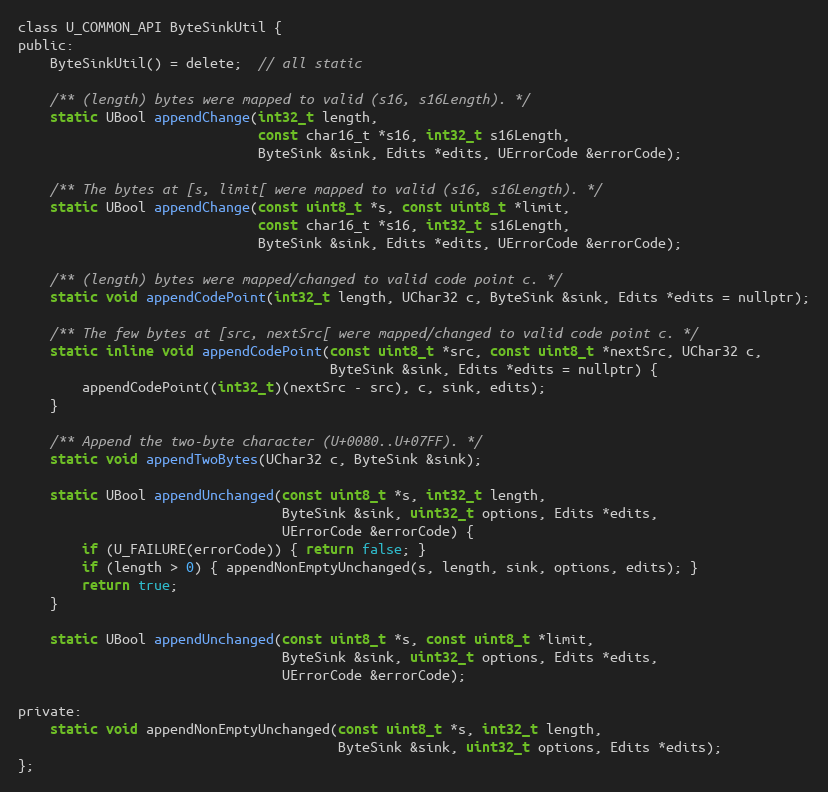
Language: C
class U_COMMON_API ByteSinkUtil {
public:
    ByteSinkUtil() = delete;  // all static

    /** (length) bytes were mapped to valid (s16, s16Length). */
    static UBool appendChange(int32_t length,
                              const char16_t *s16, int32_t s16Length,
                              ByteSink &sink, Edits *edits, UErrorCode &errorCode);

    /** The bytes at [s, limit[ were mapped to valid (s16, s16Length). */
    static UBool appendChange(const uint8_t *s, const uint8_t *limit,
                              const char16_t *s16, int32_t s16Length,
                              ByteSink &sink, Edits *edits, UErrorCode &errorCode);

    /** (length) bytes were mapped/changed to valid code point c. */
    static void appendCodePoint(int32_t length, UChar32 c, ByteSink &sink, Edits *edits = nullptr);

    /** The few bytes at [src, nextSrc[ were mapped/changed to valid code point c. */
    static inline void appendCodePoint(const uint8_t *src, const uint8_t *nextSrc, UChar32 c,
                                       ByteSink &sink, Edits *edits = nullptr) {
        appendCodePoint((int32_t)(nextSrc - src), c, sink, edits);
    }

    /** Append the two-byte character (U+0080..U+07FF). */
    static void appendTwoBytes(UChar32 c, ByteSink &sink);

    static UBool appendUnchanged(const uint8_t *s, int32_t length,
                                 ByteSink &sink, uint32_t options, Edits *edits,
                                 UErrorCode &errorCode) {
        if (U_FAILURE(errorCode)) { return false; }
        if (length > 0) { appendNonEmptyUnchanged(s, length, sink, options, edits); }
        return true;
    }

    static UBool appendUnchanged(const uint8_t *s, const uint8_t *limit,
                                 ByteSink &sink, uint32_t options, Edits *edits,
                                 UErrorCode &errorCode);

private:
    static void appendNonEmptyUnchanged(const uint8_t *s, int32_t length,
                                        ByteSink &sink, uint32_t options, Edits *edits);
};